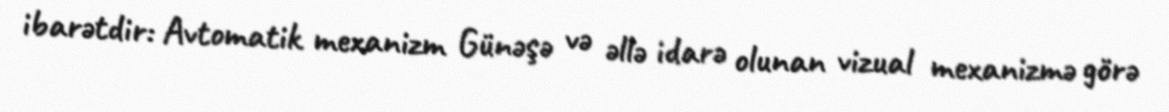
ibarətdir: Avtomatik mexanizm Günəşə və əllə idarə olunan vizual mexanizmə görə